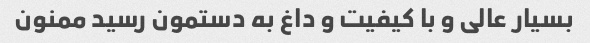
بسیار عالی و با کیفیت و داغ به دستمون رسید ممنون